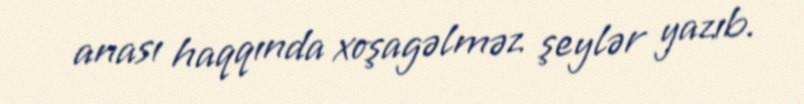
anası haqqında xoşagəlməz şeylər yazıb.